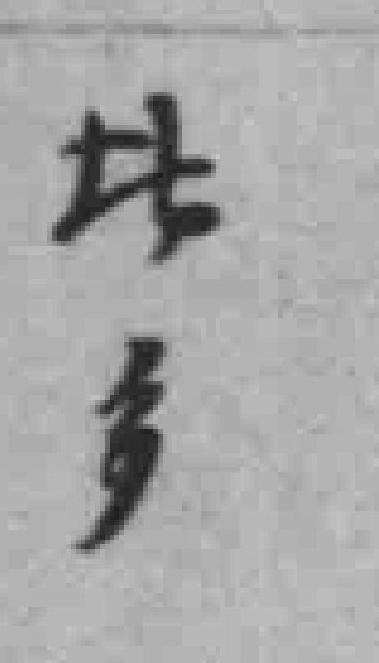
*多